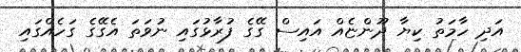
އަދި ހާމަތު ކިޔާ ދޫންޏެއް އައިސް ގޭގެ ފުރާޅުގައި ނުވަތަ އެގޭގެ ގަހެއްގައި